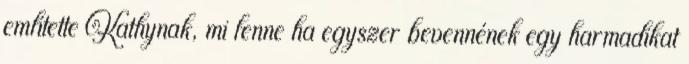
említette Kathynak, mi lenne ha egyszer bevennének egy harmadikat